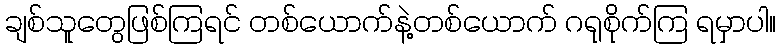
ချစ်သူတွေဖြစ်ကြရင် တစ်ယောက်နဲ့တစ်ယောက် ဂရုစိုက်ကြ ရမှာပါ။